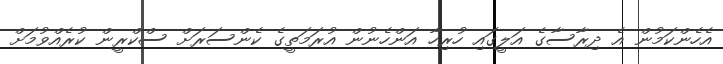
އެހެންކަމުން އެ ދިރާސާގެ އަލީގައި ހުރިހާ އަންހެނުން އުރަމަތީގެ ކެންސަރަށް ސްކްރީން ކުރެއްވުމަށް